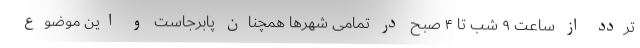
تردد از ساعت ۹ شب تا ۴ صبح در تمامی شهرها همچنان پابرجاست و این موضوع